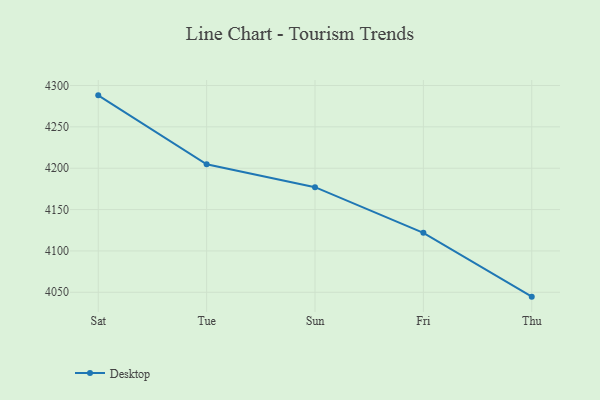
{"axis": {"x": "Day", "y": "Backlog"}, "legend": ["Desktop"], "data": [{"x": "Sat", "y": 4288.1, "type": "Desktop"}, {"x": "Tue", "y": 4204.8, "type": "Desktop"}, {"x": "Sun", "y": 4177.1, "type": "Desktop"}, {"x": "Fri", "y": 4121.9, "type": "Desktop"}, {"x": "Thu", "y": 4044.7, "type": "Desktop"}]}